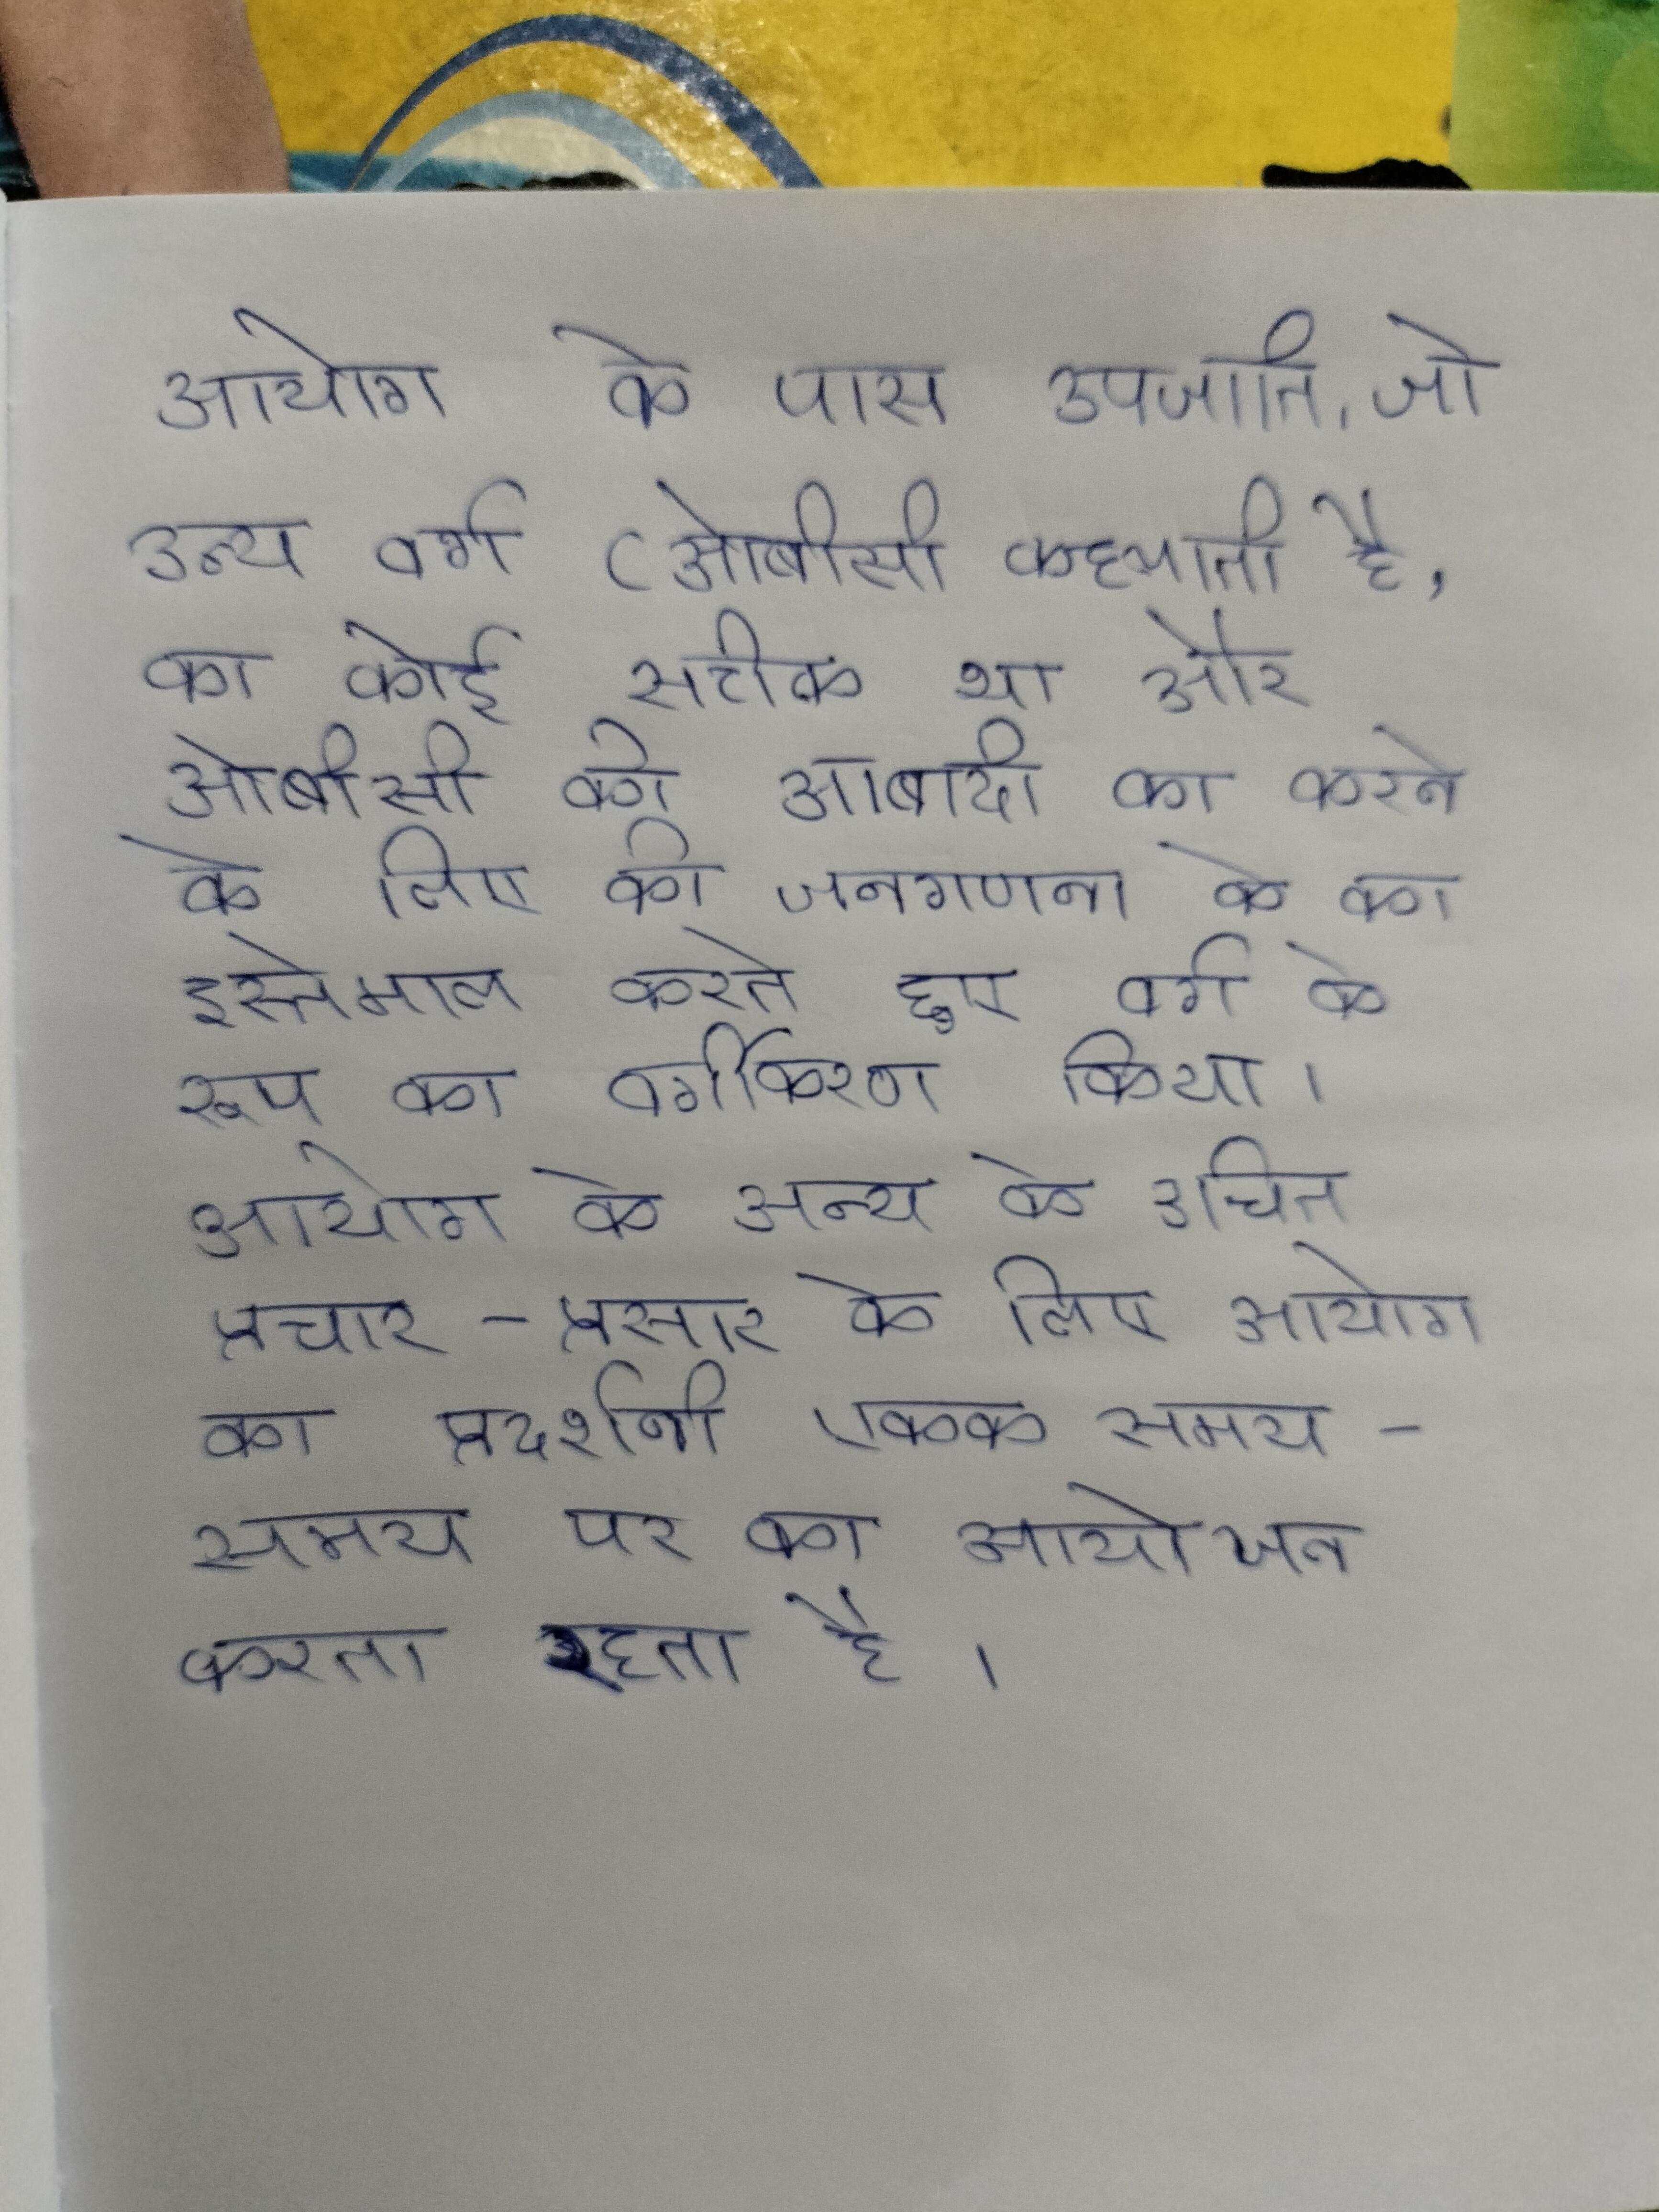
आयोग के पास उपजाति, जो अन्य वर्ग (ओबीसी कहलाती है, का कोई सटीक था और ओबीसी की आबादी का करने के लिए की जनगणना के का इस्तेमाल करते हुए वर्ग के रूप का वर्गीकरण किया । आयोग के अन्य के उचित प्रचार-प्रसार के लिए आयोग का प्रदर्शनी एकक समय-समय पर का आयोजन करता रहता है ।